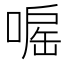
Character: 𠹓